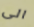
الى